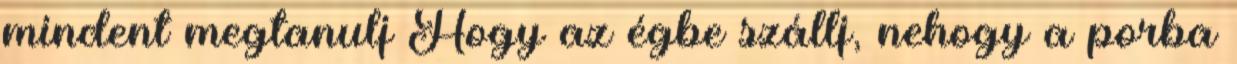
mindent megtanulj Hogy az égbe szállj, nehogy a porba